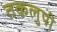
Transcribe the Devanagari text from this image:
तकलुपी